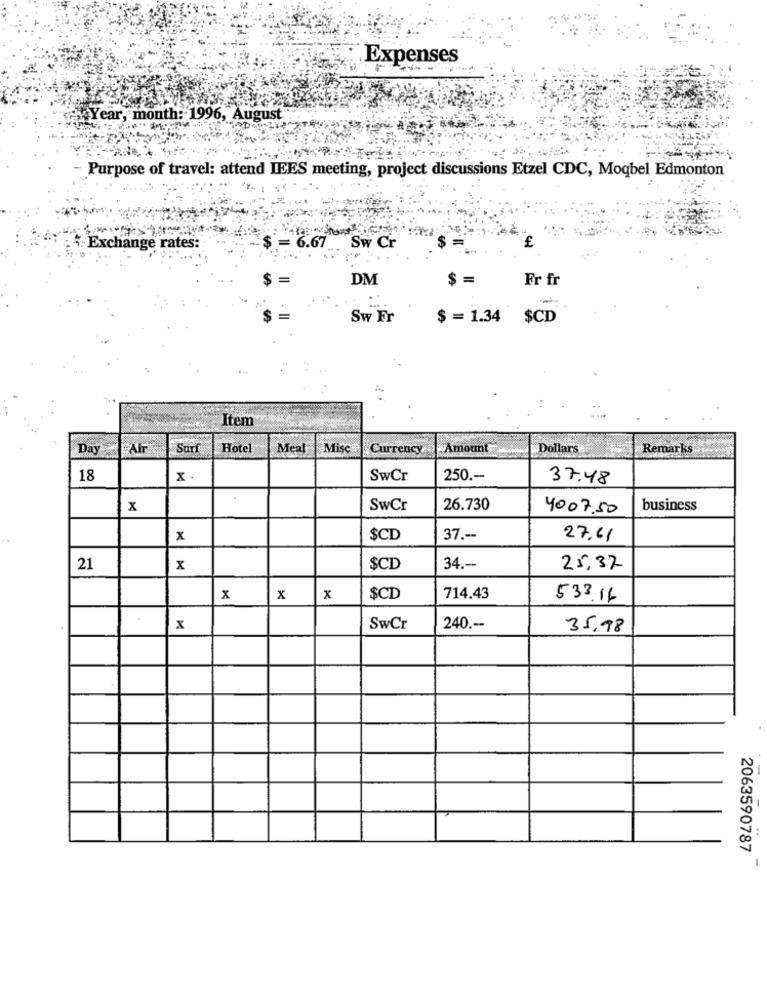
Expenses
Year, month: 1996, August
Purpose of travel: attend IEES meeting, project discussions Etzel CDC, Moqbel Edmonton
Sw Cr
Exchange rates:
$
6.67
$ :
£
DM
$ =
Fr fr
-
Sw Fr
$ = 1.34 $CD
Item
Day
Alr
Surf
Hotel
Meal
Misc
Currency
Amount
Dollars
Remarks
18
x
SwCr
250 .-
37.48
x
SwCr
26.730
4007,50
business
x
$CD
37 .--
27.61
21
x
$CD
34 .--
25,37
x
x
x
$CD
714.43
533.16
x
SwCr
240 .--
35,98
.
2063590787